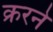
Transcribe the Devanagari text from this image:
क्ररने